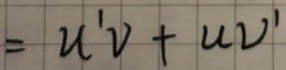
\[
= u'v + uv'
\]